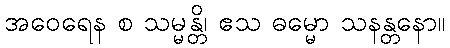
အဝေရေန စ သမ္မန္တိ၊ ဧသ ဓမ္မော သနန္တနော။